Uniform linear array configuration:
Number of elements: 16
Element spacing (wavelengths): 0.25
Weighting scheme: exponential
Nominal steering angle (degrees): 0
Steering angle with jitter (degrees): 0.6632
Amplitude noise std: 0.05
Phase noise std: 0.05

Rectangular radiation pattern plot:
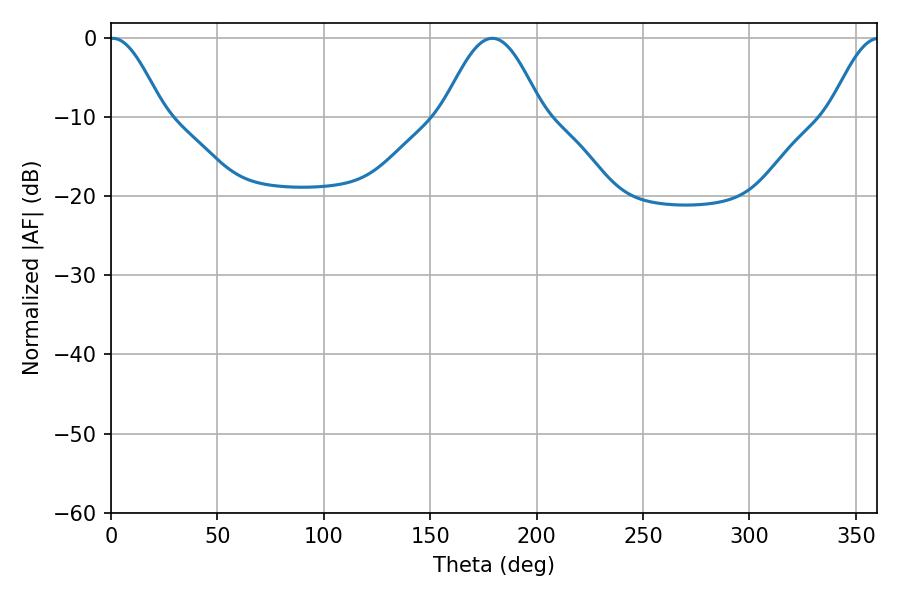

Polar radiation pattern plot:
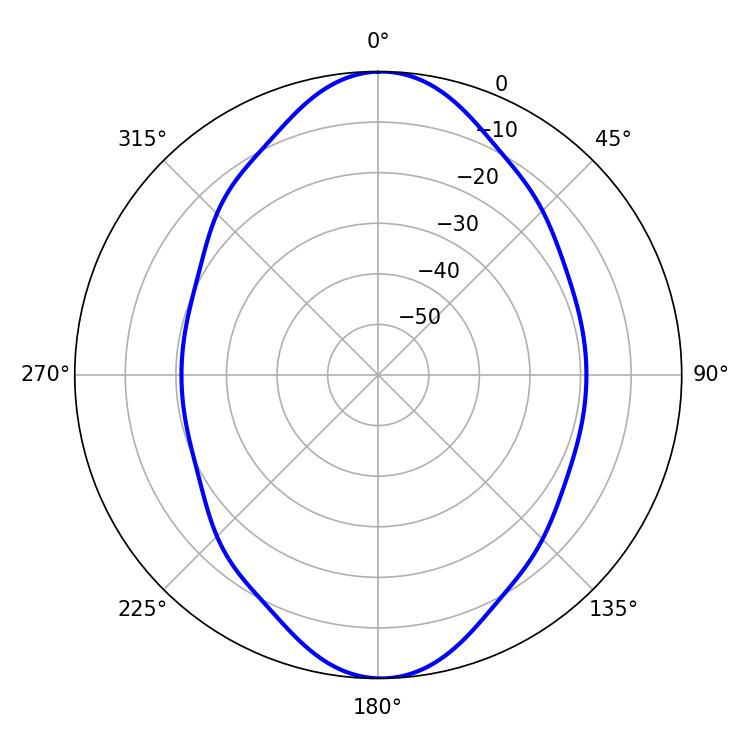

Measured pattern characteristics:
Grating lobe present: FALSE
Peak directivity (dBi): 19.451
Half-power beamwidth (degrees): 13.5
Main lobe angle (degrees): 0.72